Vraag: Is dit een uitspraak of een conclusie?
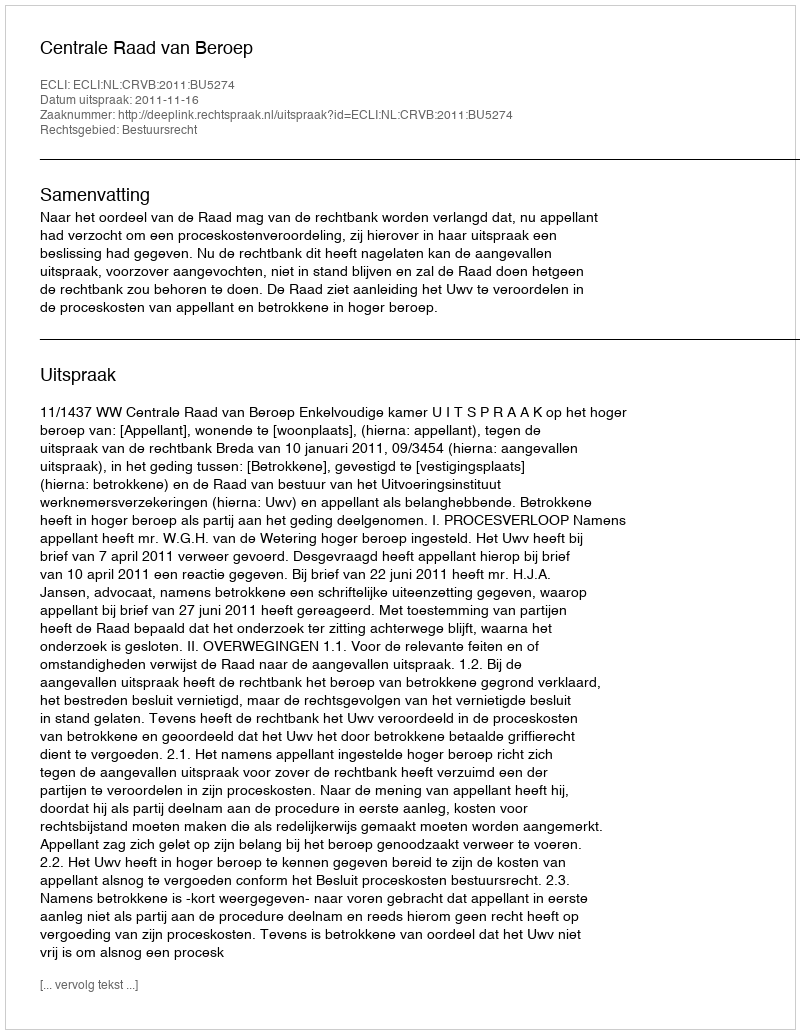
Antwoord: Uitspraak